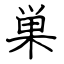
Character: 巣